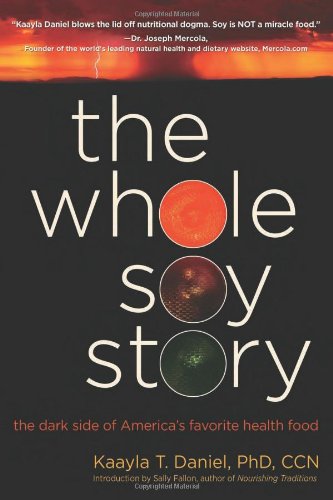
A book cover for The Whole Soy Story: The Dark Side of America's Favorite Health Food; Kaayla T. Daniel; Cookbooks, Food & Wine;